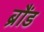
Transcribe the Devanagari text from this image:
ब्रौंड